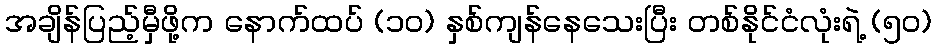
အချိန်ပြည့်မှီဖို့က နောက်ထပ် (၁၀) နှစ်ကျန်နေသေးပြီး တစ်နိုင်ငံလုံးရဲ့ (၅၀)